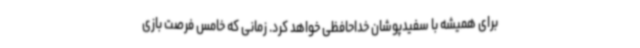
برای همیشه با سفیدپوشان خداحافظی خواهد کرد. زمانی که خامس فرصت بازی